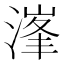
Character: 𣺿